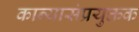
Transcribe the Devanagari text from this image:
कान्यासंप्रयुक्तक